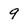
Character: 9